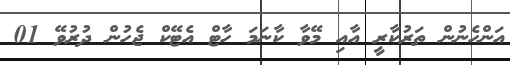
އަންހެނުން ތަރުކާރީ އާއި މޭވާ ކާނަމަ ހާޓް އެޓޭކް ޖެހުން ދުރުވޭ 01